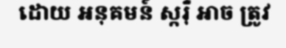
ដោយ អនុគមន៍ ស្ករ៉ឺ អាច ត្រូវ